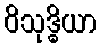
ဝိသုဒ္ဓိယာ